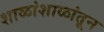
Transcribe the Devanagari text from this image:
शाळांशाळांतून